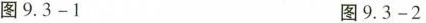
图9.3-1 图9.3-2